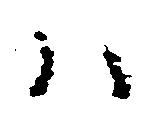
ハ